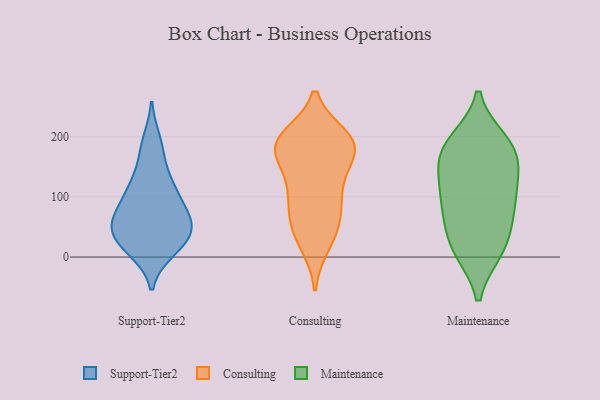
{"axis": {"x": "Gross Profit (USD K)", "y": "Value"}, "legend": ["Consulting", "Maintenance", "Support-Tier2"], "data": [{"x": "", "y": 60, "type": "Support-Tier2"}, {"x": "", "y": 17, "type": "Support-Tier2"}, {"x": "", "y": 24, "type": "Support-Tier2"}, {"x": "", "y": 20, "type": "Support-Tier2"}, {"x": "", "y": 58, "type": "Support-Tier2"}, {"x": "", "y": 53, "type": "Support-Tier2"}, {"x": "", "y": 107, "type": "Support-Tier2"}, {"x": "", "y": 82, "type": "Support-Tier2"}, {"x": "", "y": 109, "type": "Support-Tier2"}, {"x": "", "y": 193, "type": "Support-Tier2"}, {"x": "", "y": 11, "type": "Support-Tier2"}, {"x": "", "y": 138, "type": "Support-Tier2"}, {"x": "", "y": 177, "type": "Support-Tier2"}, {"x": "", "y": 42, "type": "Support-Tier2"}, {"x": "", "y": 114, "type": "Support-Tier2"}, {"x": "", "y": 51, "type": "Support-Tier2"}, {"x": "", "y": 64, "type": "Support-Tier2"}, {"x": "", "y": 197, "type": "Consulting"}, {"x": "", "y": 189, "type": "Consulting"}, {"x": "", "y": 125, "type": "Consulting"}, {"x": "", "y": 78, "type": "Consulting"}, {"x": "", "y": 28, "type": "Consulting"}, {"x": "", "y": 200, "type": "Consulting"}, {"x": "", "y": 176, "type": "Consulting"}, {"x": "", "y": 113, "type": "Consulting"}, {"x": "", "y": 82, "type": "Consulting"}, {"x": "", "y": 123, "type": "Consulting"}, {"x": "", "y": 161, "type": "Consulting"}, {"x": "", "y": 189, "type": "Consulting"}, {"x": "", "y": 181, "type": "Consulting"}, {"x": "", "y": 187, "type": "Consulting"}, {"x": "", "y": 59, "type": "Consulting"}, {"x": "", "y": 20, "type": "Consulting"}, {"x": "", "y": 54, "type": "Consulting"}, {"x": "", "y": 192, "type": "Consulting"}, {"x": "", "y": 85, "type": "Maintenance"}, {"x": "", "y": 180, "type": "Maintenance"}, {"x": "", "y": 113, "type": "Maintenance"}, {"x": "", "y": 130, "type": "Maintenance"}, {"x": "", "y": 191, "type": "Maintenance"}, {"x": "", "y": 16, "type": "Maintenance"}, {"x": "", "y": 178, "type": "Maintenance"}, {"x": "", "y": 142, "type": "Maintenance"}, {"x": "", "y": 17, "type": "Maintenance"}, {"x": "", "y": 75, "type": "Maintenance"}, {"x": "", "y": 12, "type": "Maintenance"}, {"x": "", "y": 179, "type": "Maintenance"}, {"x": "", "y": 70, "type": "Maintenance"}]}